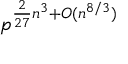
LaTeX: p ^ { { \frac { 2 } { 2 7 } } n ^ { 3 } + O ( n ^ { 8 / 3 } ) }